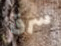
سرق